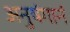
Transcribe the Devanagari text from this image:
अनुषंगानं